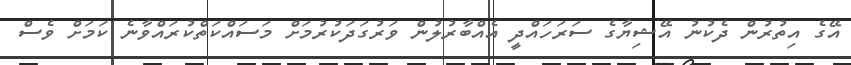
އޭގެ އިތުރުން ދެކުނު އޭޝިޔާގެ ސަރަހައްދީ އެއްބާރުލުން ވަރުގަދަކުރުމަށް މަސައްކަތްކުރައްވާނެ ކަމަށް ވެސް